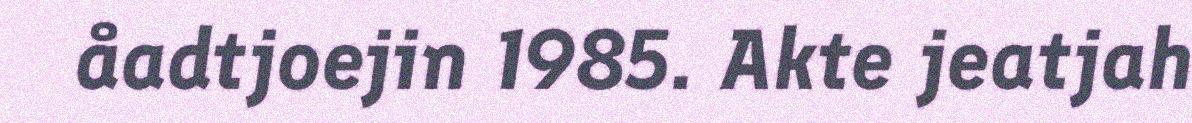
åadtjoejin 1985. Akte jeatjah